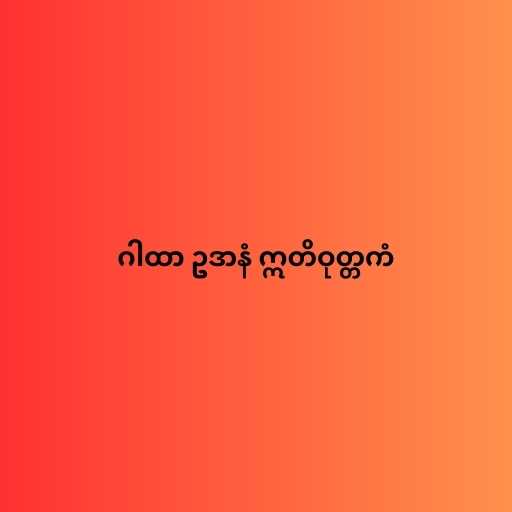
ဂါထာ ဥဒာနံ ဣတိဝုတ္တကံ